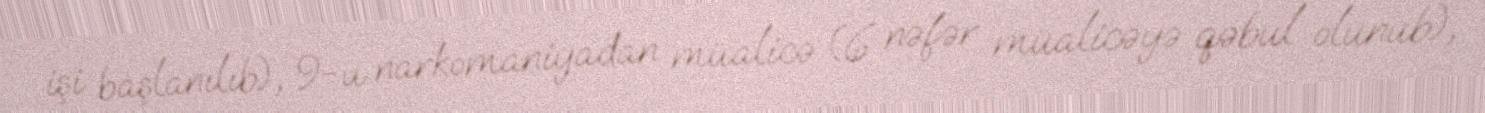
işi başlanılıb), 9-u narkomaniyadan müalicə (6 nəfər müalicəyə qəbul olunub),